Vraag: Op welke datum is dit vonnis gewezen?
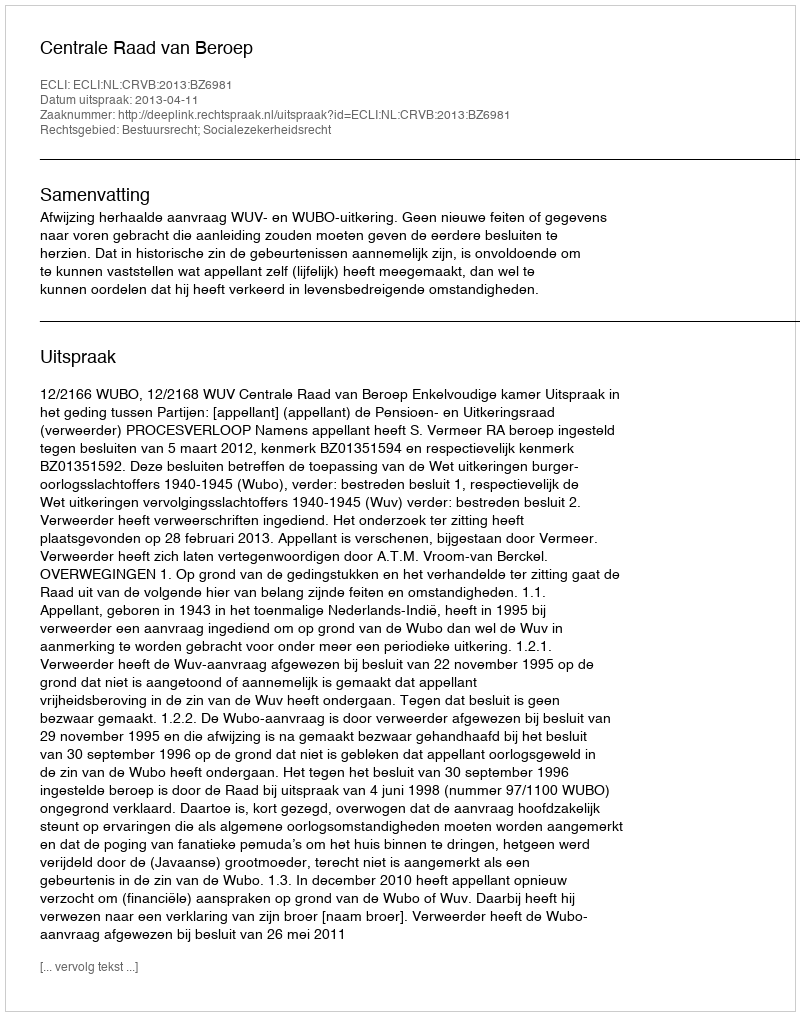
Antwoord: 2013-04-11